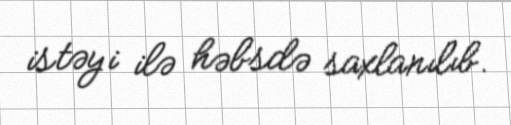
istəyi ilə həbsdə saxlanılıb.